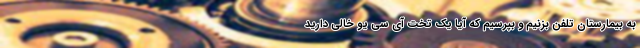
به بیمارستان تلفن بزنیم و بپرسیم که آیا یک تخت آی سی یو خالی دارید